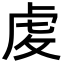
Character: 䖍